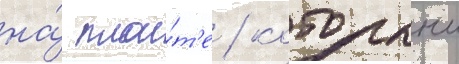
на́ пла́т'е / которыи